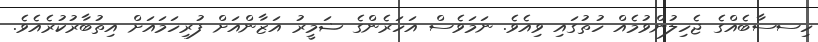
ހިސސާބެއްގެ ޖެހިލުންވުމެއް ހުތުގައި ވިއެވެ. ނަމަވެސް އަހަރެންގެ ޟަމީރު އަޒާންއަށް ފުރިހަމައަށް އިތުބާރުކުރެއެވެ.